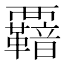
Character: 𮗋